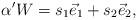
LaTeX: \begin{align*} \alpha' W = s_1 \vec{e}_1 + s_2 \vec{e}_2 ,\end{align*}